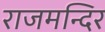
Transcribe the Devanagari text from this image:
राजमन्दिर